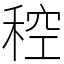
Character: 䅝